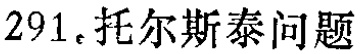
$291_{。} 托尔斯泰问题$